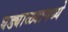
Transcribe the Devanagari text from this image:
घड्याळ्यामध्ये